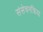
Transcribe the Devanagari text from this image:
संसेचनक्रिया